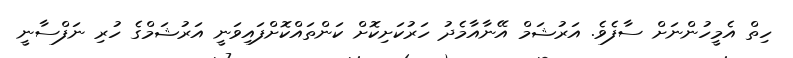
ހިތް އެމީހުންނަށް ސާފެވެ. އަރުޝަމް އޭނާއާމެދު ހަރުކަށިކޮށް ކަންތައްކޮށްފައިވަނީ އަރުޝަމްގެ ހުރި ނަފްސާނީ